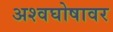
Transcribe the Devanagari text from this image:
अश्वघोषावर